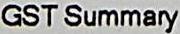
GST SUMMARY